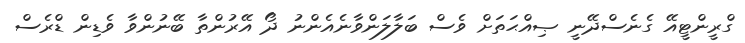
ގްރީންޓީއޭ ގެނެސްދޭނީ ޞިއްޙަތަށް ވެސް ބަލާލަންވާނެއެންނު ދޯ އޭރުންތާ ބޭނުންވާ ވެޑިން ޑްރެސް